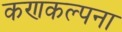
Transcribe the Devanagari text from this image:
कणकल्पना